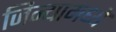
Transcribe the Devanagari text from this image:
जिन्यामध्ये